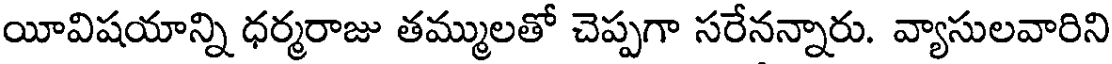
యీవిషయాన్ని ధర్మరాజు తమ్ములతో చెప్పగా సరేనన్నారు. వ్యాసులవారిని